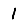
Digit: 1